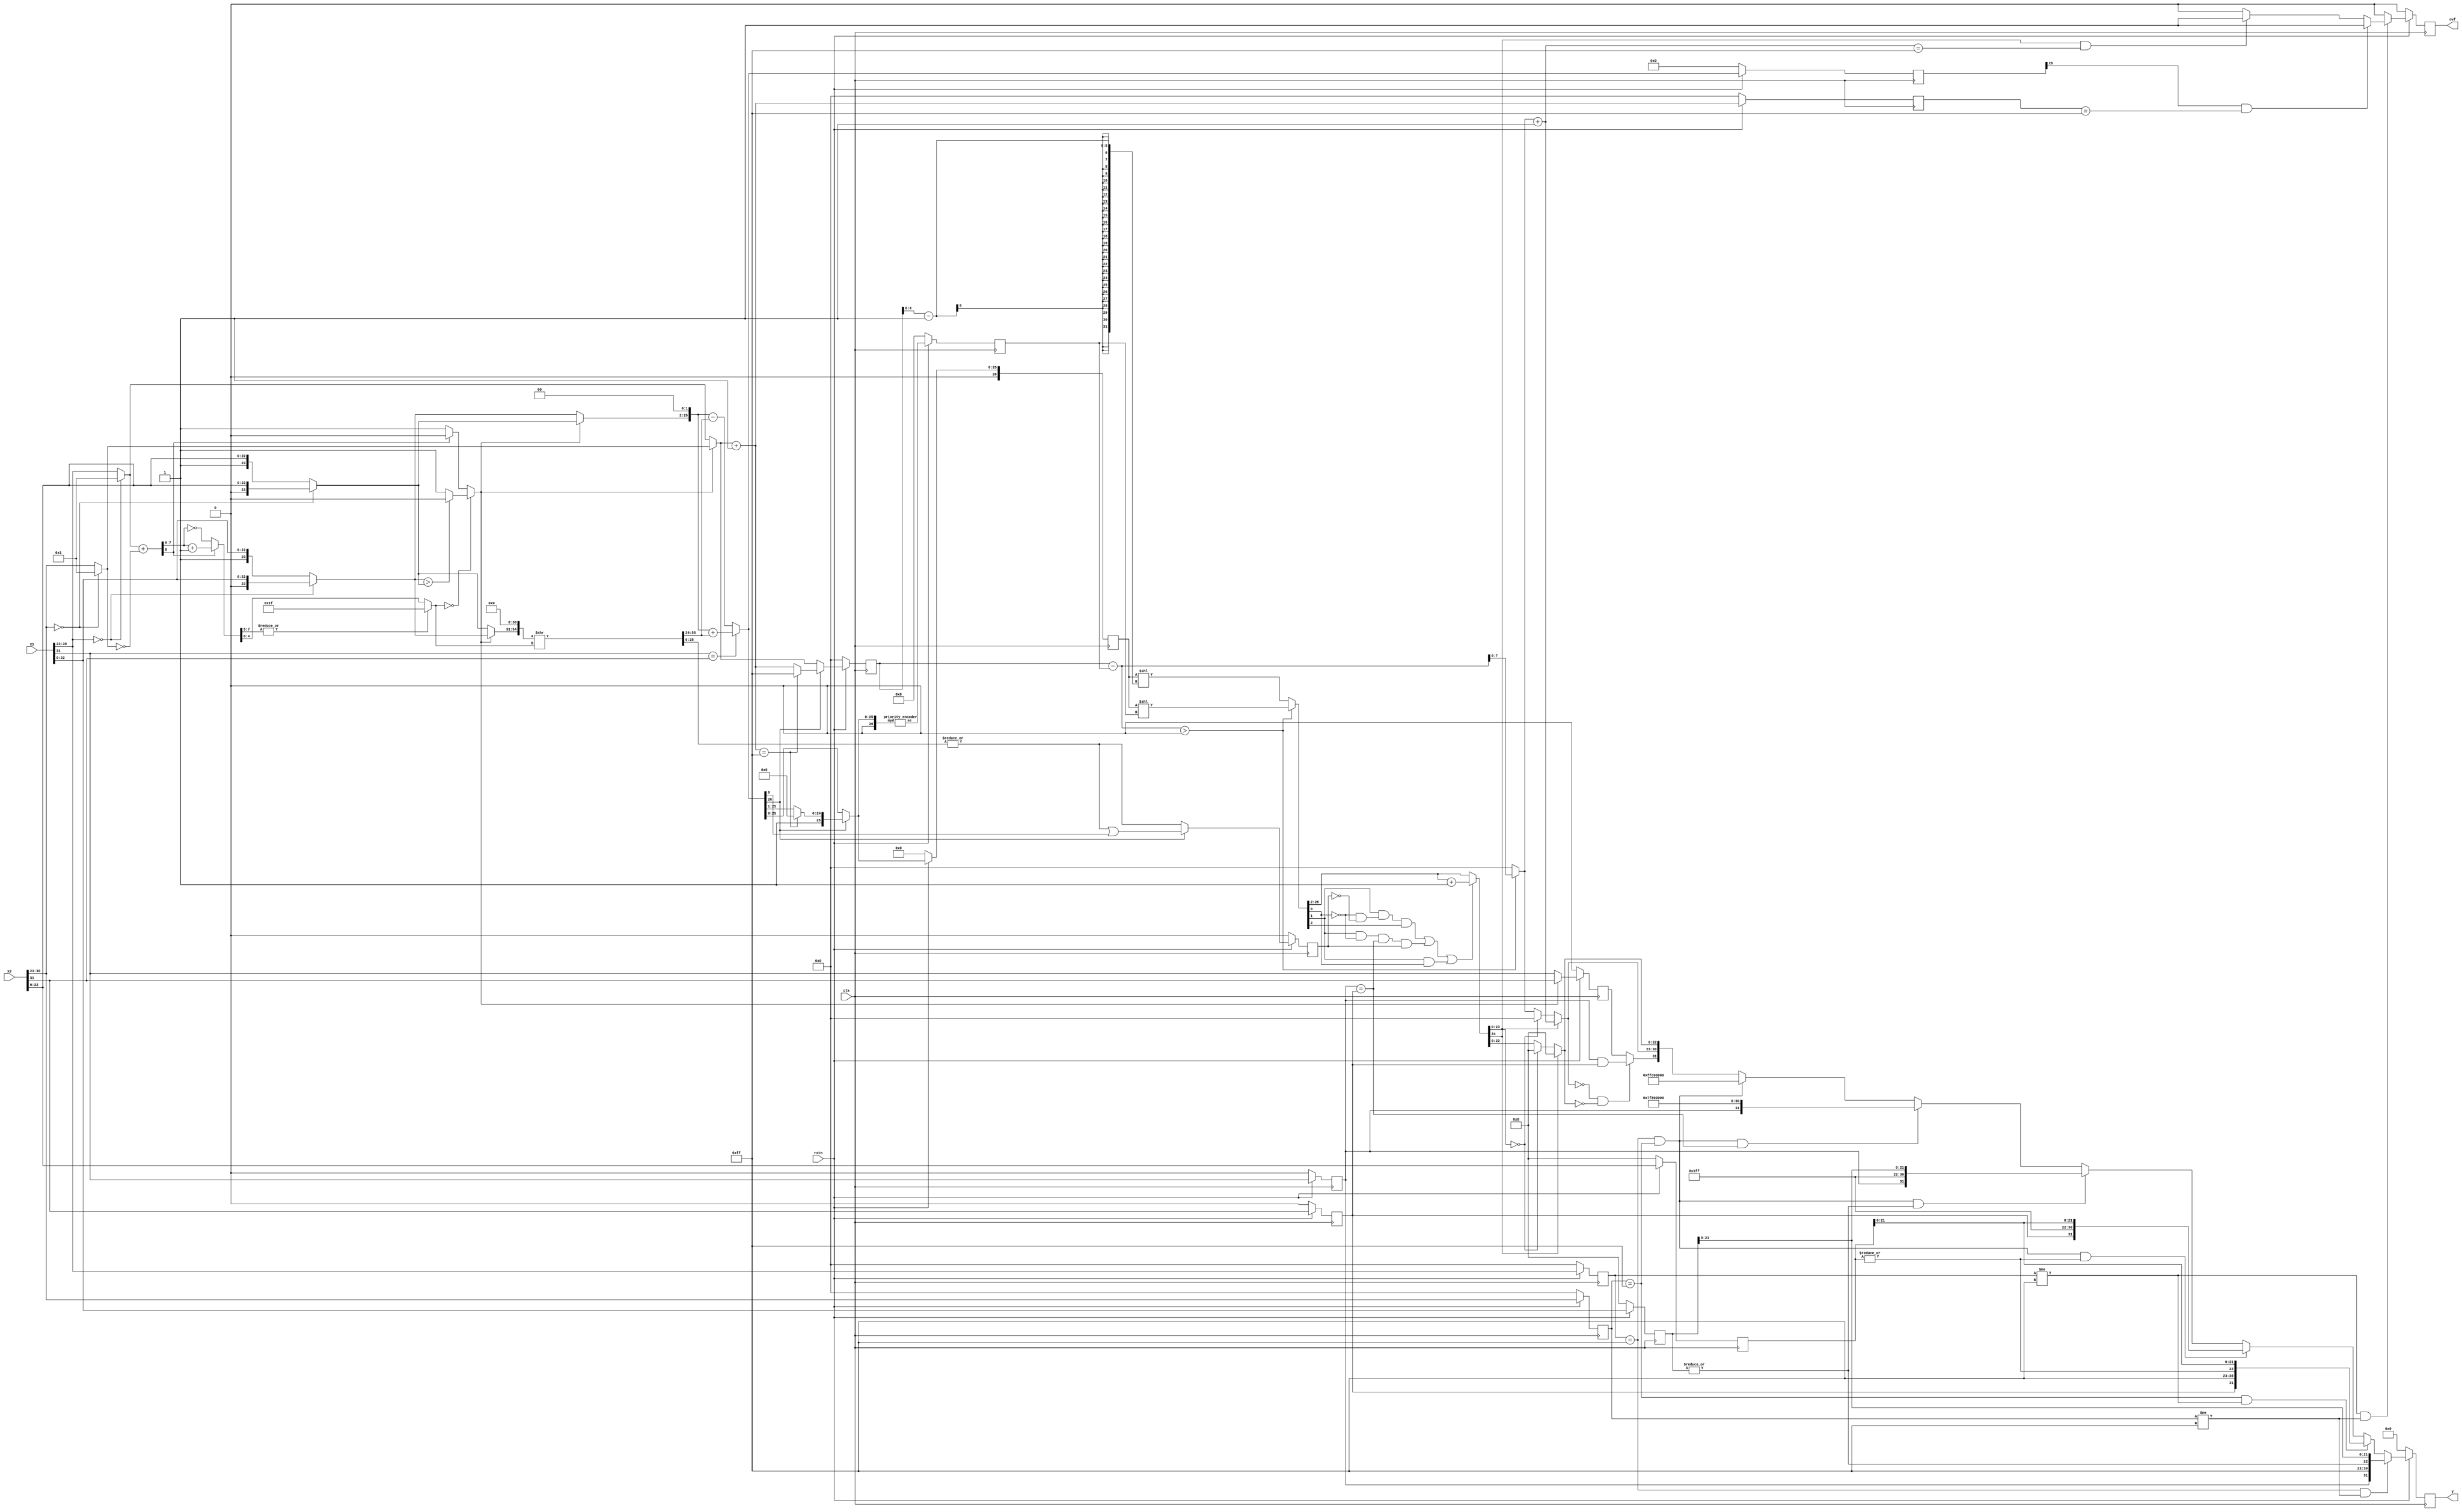
`default_nettype none

module fadd_p2
   ( input wire [31:0] x1,
     input wire [31:0] x2,
     output reg [31:0] y,
     output reg ovf,
     input wire clk,
     input wire rstn);

   // 1
   reg s1_r,s2_r;
   reg [7:0] e1_r, e2_r;
   reg [22:0] m1_r, m2_r;
   wire s1, s2;
   wire [7:0] e1, e2;
   wire [22:0] m1, m2;
   assign {s1, e1, m1} = x1;
   assign {s2, e2, m2} = x2;

   // 2
   wire [24:0] m1a, m2a;
   assign m1a = (e1 == 8'd0) ? {2'b0, m1} : {2'b1, m1};
   assign m2a = (e2 == 8'd0) ? {2'b0, m2} : {2'b1, m2};

   // 3
   wire [7:0] e1a, e2a;
   assign e1a = (e1 == 8'd0) ? 8'd1 : e1;
   assign e2a = (e2 == 8'd0) ? 8'd1 : e2;

   // 4
   wire [7:0] e2ai;
   assign e2ai = ~e2a;

   // 5
   wire [8:0] te;
   assign te = {1'b0, e1a} + {1'b0, e2ai};

   // 6
   wire ce;
   wire [7:0] tde;
   assign ce = (te[8] == 1'b1) ? 0 : 1;
   wire [8:0] tmp1;
   wire [7:0] tmp2;
   assign tmp1 = te + 1;
   assign tmp2 = ~te;
   assign tde = (te[8] == 1'b1) ? tmp1[7:0] : tmp2[7:0];

   // 7
   wire [4:0] de;
   assign de = (|(tde[7:5])) ? 5'd31 : tde[4:0];

   // 8
   wire sel;
   assign sel = (de == 5'b0) ? ((m1a > m2a) ? 0 : 1) : ce;

   // 9
   reg ss_r;
   wire [24:0] ms, mi;
   wire [7:0] es, ei;
   wire ss;
   assign ms = (sel == 1'b0) ? m1a : m2a;
   assign mi = (sel == 1'b0) ? m2a : m1a;
   assign es = (sel == 1'b0) ? e1a : e2a;
   assign ei = (sel == 1'b0) ? e2a : e1a;
   assign ss = (sel == 1'b0) ? s1 : s2;

   // 10
   wire [55:0] mie;
   assign mie = {mi, 31'b0};

   // 11
   wire [55:0] mia;
   assign mia = mie >> de;

   // 12
   wire tstck;
   assign tstck = |(mia[28:0]);

   // 13
   reg [26:0] mye_r;
   wire [26:0] mye;
   assign mye = (s1 == s2) ? {ms, 2'b0} + mia[55:29] : {ms, 2'b0} - mia[55:29];

   // 14
   reg [7:0] esi_r;
   wire [7:0] esi;
   assign esi = es + 1;

   // 15
   reg [7:0] eyd_r;
   reg [26:0] myd_r;
   reg stck_r;
   wire [7:0] eyd;
   wire [26:0] myd;
   wire stck;
   assign eyd = (mye[26] == 1'b1) ? ((esi == 255) ? 255 : esi) : es;
   assign myd = (mye[26] == 1'b1) ? ((esi == 255) ? {2'b01, 25'b0} : mye >> 1) : mye;
   assign stck = (mye[26] == 1'b1) ? tstck || mye[0] : tstck;

   // 16
   reg [4:0] se_r;
   wire [4:0] se;
   priority_encoder pe(myd, se);

   // 

   // 17
   wire signed [8:0] eyf;
   assign eyf = $signed({1'b0,eyd_r}) - $signed({4'b0,se_r});

   // 18
   wire [7:0] eyr;
   wire [26:0] myf;
   assign myf = ($signed(eyf) > $signed(8'b0)) ? myd_r << se_r : myd_r << (eyd_r[4:0]-1);
   assign eyr = ($signed(eyf) > $signed(8'b0)) ? eyf[7:0] : 8'b0;

   // 19
   wire [24:0] myr;
   assign myr = ((myf[1] == 1 && myf[0] == 0 & stck_r == 0 && myf[2] == 1) || (myf[1] == 1 && myf[0] == 0 && s1_r == s2_r && stck_r == 1) || myf[1] == 1 && myf[0] == 1) ? myf[26:2] + 25'b1 : myf[26:2];

   // 20
   wire [7:0] eyri;
   assign eyri = eyr + 8'b1;

   // 21
   wire [7:0] ey;
   wire [22:0] my;
   assign ey = (myr[24] == 1) ? eyri : ((myr[23:0] == 24'b0) ? 0 : eyr);
   assign my = (myr[24] == 1) ? 23'b0 : ((myr[23:0] == 24'b0) ? 23'b0 : myr[22:0]);

   // 22
   wire sy;
   assign sy = (ey == 0 && my == 0) ? s1_r && s2_r : ss_r;

   // 23
   wire nzm1, nzm2;
   assign nzm1 = |(m1_r[22:0]);
   assign nzm2 = |(m2_r[22:0]);

   wire [31:0] y_w;
   wire ovf_w;
   assign y_w = (e1_r == 255 && e2_r != 255) ? {s1_r,8'd255,nzm1,m1_r[21:0]} : ((e2_r == 255 && e1_r != 255) ? {s2_r,8'd255,nzm2,m2_r[21:0]} : ((e1_r == 255 && e2_r == 255 && nzm2) ? {s2_r,8'd255,1'b1,m2_r[21:0]} : ((e1_r == 255 && e2_r == 255 && nzm1) ? {s1_r,8'd255,1'b1,m1_r[21:0]} : ((e1_r == 255 && e2_r == 255 && s1_r==s2_r) ? {s1_r,8'd255,23'b0} : ((e1_r == 255 && e2_r == 255) ? {1'b1,8'd255,1'b1,22'b0} : {sy,ey,my})))));
   assign ovf_w = (e1_r != 255 && e2_r != 255) ? ((mye_r[26] == 1'b1 && esi_r == 255) ? 1 : ((myr[24] == 1 && eyri == 255) ? 1 : 0)) : 0;

   always @(posedge clk) begin
     if (~rstn) begin
       y <= 0;
       ovf <= 0;
       eyd_r <= 0;
       se_r <= 0;
       myd_r <= 0;
       stck_r <= 0;
       s1_r <= 0;
       s2_r <= 0;
       ss_r <= 0;
       m1_r <= 0;
       m2_r <= 0;
       e1_r <= 0;
       e2_r <= 0;
       mye_r <= 0;
       esi_r <= 0;
     end else begin
       y <= y_w;
       ovf <= ovf_w;
       eyd_r <= eyd;
       se_r <= se;
       myd_r <= myd;
       stck_r <= stck;
       s1_r <= s1;
       s2_r <= s2;
       ss_r <= ss;
       m1_r <= m1;
       m2_r <= m2;
       e1_r <= e1;
       e2_r <= e2;
       mye_r <= mye;
       esi_r <= esi;
     end
   end

endmodule

module priority_encoder
   ( input wire [26:0] myd,
     output wire [4:0] se);

   assign se = (myd[25] == 1) ? 5'b00000 :
               (myd[24] == 1) ? 5'b00001 :
               (myd[23] == 1) ? 5'b00010 :
               (myd[22] == 1) ? 5'b00011 :
               (myd[21] == 1) ? 5'b00100 :
               (myd[20] == 1) ? 5'b00101 :
               (myd[19] == 1) ? 5'b00110 :
               (myd[18] == 1) ? 5'b00111 :
               (myd[17] == 1) ? 5'b01000 :
               (myd[16] == 1) ? 5'b01001 :
               (myd[15] == 1) ? 5'b01010 :
               (myd[14] == 1) ? 5'b01011 :
               (myd[13] == 1) ? 5'b01100 :
               (myd[12] == 1) ? 5'b01101 :
               (myd[11] == 1) ? 5'b01110 :
               (myd[10] == 1) ? 5'b01111 :
               (myd[9] == 1) ? 5'b10000 :
               (myd[8] == 1) ? 5'b10001 :
               (myd[7] == 1) ? 5'b10010 :
               (myd[6] == 1) ? 5'b10011 :
               (myd[5] == 1) ? 5'b10100 :
               (myd[4] == 1) ? 5'b10101 :
               (myd[3] == 1) ? 5'b10110 :
               (myd[2] == 1) ? 5'b10111 :
               (myd[1] == 1) ? 5'b11000 :
               (myd[0] == 1) ? 5'b11001 : 5'b11010;

endmodule

`default_nettype wire